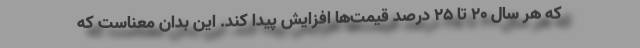
که هر سال ۲۰ تا ۲۵ درصد قیمت‌ها افزایش پیدا کند. این بدان معناست که